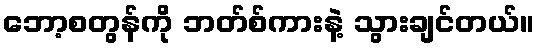
ဘော့စတွန်ကို ဘတ်စ်ကားနဲ့ သွားချင်တယ်။